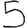
Digit: 5